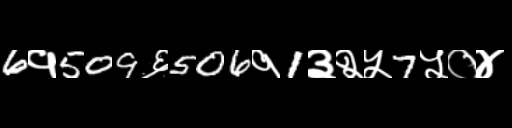
Text: 6१509६506१1३२५7५०४